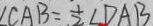
\angle C A B = \frac { 1 } { 2 } \angle D A B